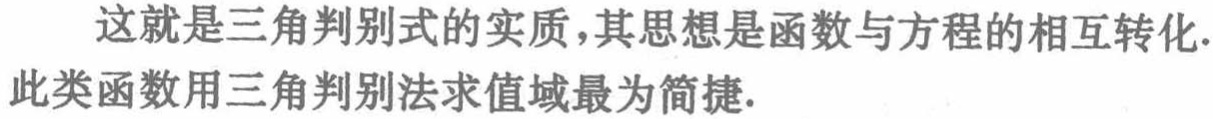
这就是三角判别式的实质,其思想是函数与方程的相互转化.此类函数用三角判别法求值域最为简捷.